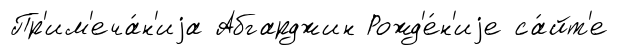
Пр'им'еча́н'иjа Абгарджин Рожд'е́н'иjе са́йт'е